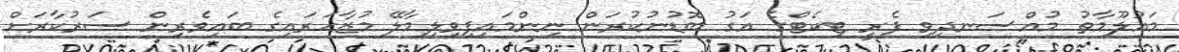
މައުލޫމާތު މުއްސަނދިވި ފެރީ ޓިކެޓްގެ އަގު ބޮޑުނުކުރަން ނިންމައިފިވިލިމާލޭ މުޒާހަރައިގެ ބައިވެރިން ސަރުކާރަށް